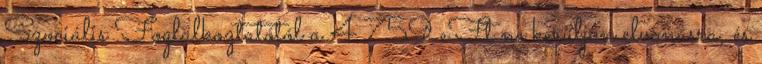
Szociális Foglalkoztatótól a 4.759 eFt ne kerüljön elvonásra, és